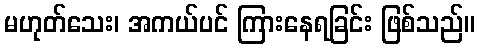
မဟုတ်သေး၊ အကယ်ပင် ကြားနေရခြင်း ဖြစ်သည်။